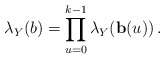
\begin{align*}\lambda_Y(b)& = \prod_{u=0}^{k-1} \lambda_Y(\mathbf{b}(u))\,.\end{align*}